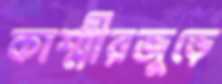
কাশ্মীরজুড়ে